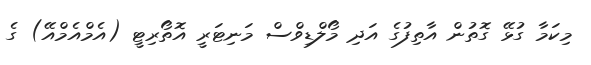
މިކަމާ ގުޅޭ ގޮތުން އާތިފުގެ އަދި މޯލްޑިވްސް މަނިޓަރީ އޮތޯރިޓީ (އެމްއެމްއޭ) ގެ